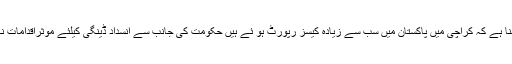
طبی ماہرین کا کہنا ہے کہ کراچی میں پاکستان میں سب سے زیادہ کیسز رپورٹ ہو ئے ہیں حکومت کی جانب سے انسداد ڈینگی کیلئے موثراقدامات نہیں کیے جا رہے۔